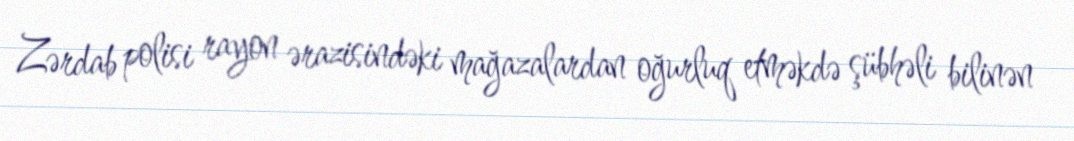
Zərdab polisi rayon ərazisindəki mağazalardan oğurluq etməkdə şübhəli bilinən